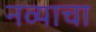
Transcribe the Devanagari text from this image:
नव्याचा